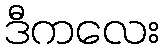
ဒီကလေး